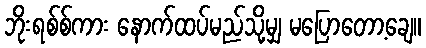
ဘိုးရစ်စ်ကား နောက်ထပ်မည်သို့မျှ မပြောတော့ချေ။